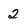
Character: 2